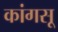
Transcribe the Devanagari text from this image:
कांगसू